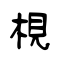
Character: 梘